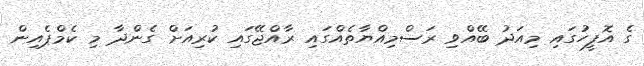
ގެ އޮފީހުގައި މިއަދު ބޭއްވި ރަސްމިއްޔާތެއްގައި ރާއްޖޭގައި ކުރިއަށް ގެންދާ މި ކެމްޕެއިން